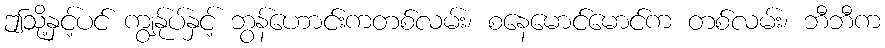
ဤသို့နှင့်ပင် ကျွန်ုပ်နှင့် ဘွန်ဟောင်းကတစ်လမ်း၊ စနေမောင်မောင်က တစ်လမ်း၊ ဘီဘီက